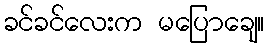
ခင်ခင်လေးက မပြောချေ။